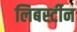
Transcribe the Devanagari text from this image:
लिबर्स्टीन